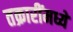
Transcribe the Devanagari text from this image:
तक्रारींमध्ये